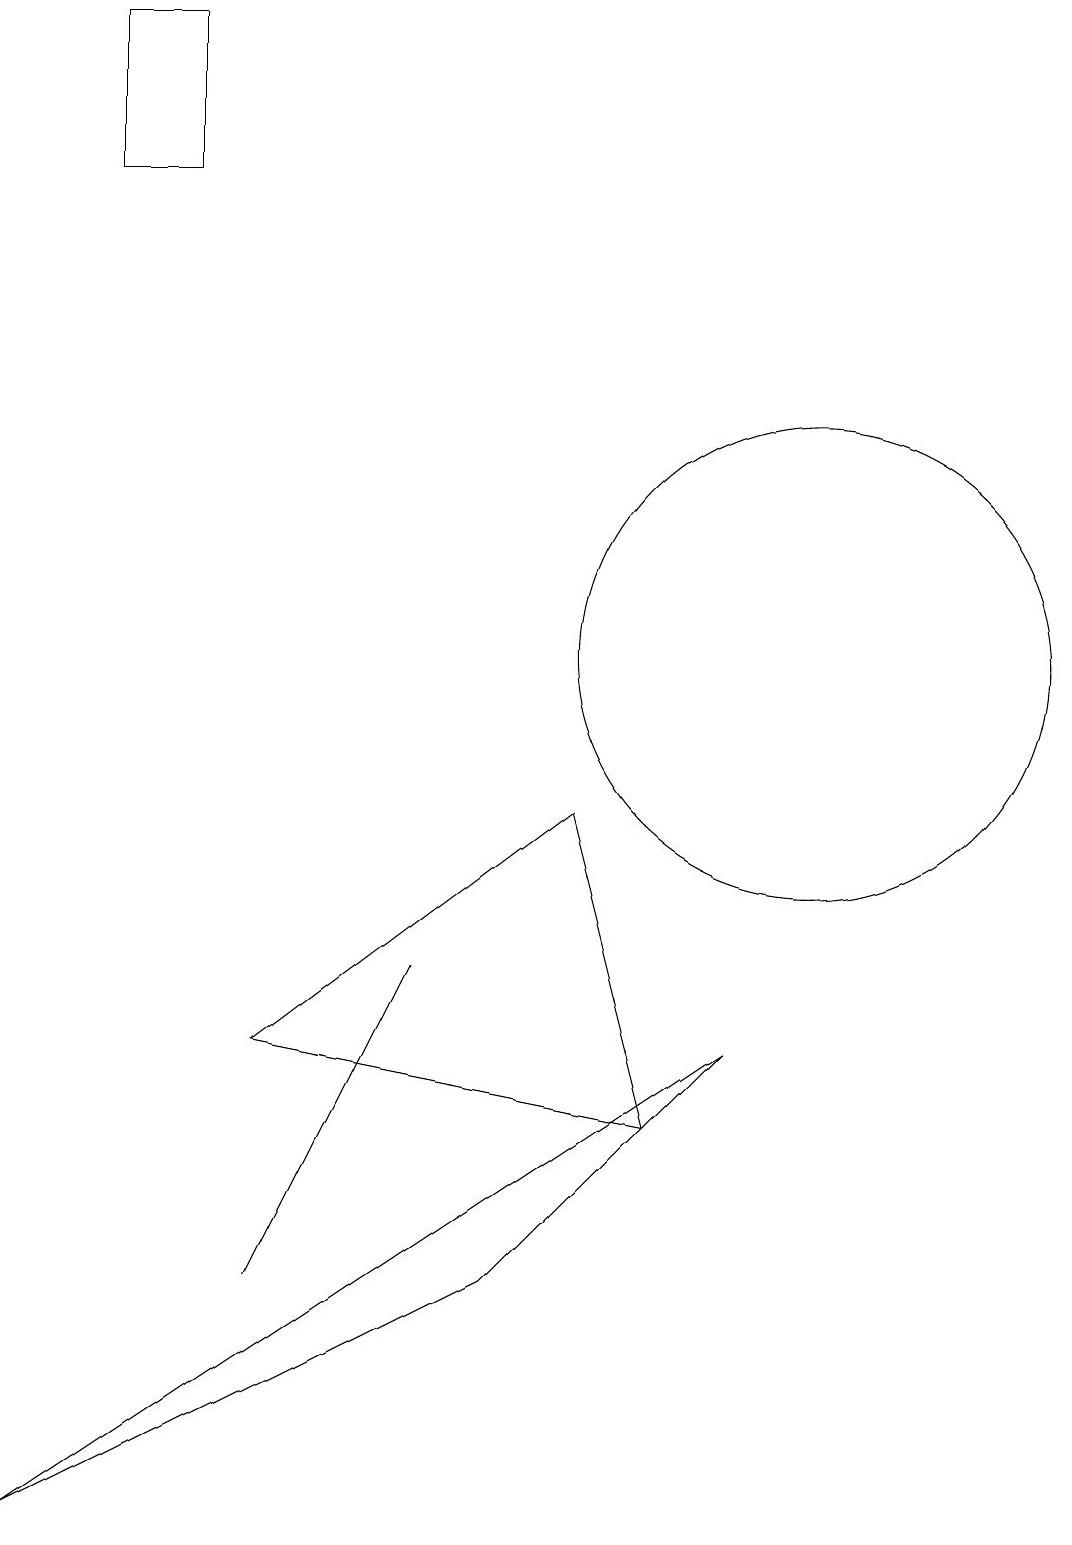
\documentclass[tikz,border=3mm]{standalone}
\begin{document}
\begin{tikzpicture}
\draw (5,7) -- (4,5) -- (3,3) -- cycle;
\draw (2,17) rectangle (1,19);
\draw (10,11) circle (3);
\draw (8,5) -- (7,9) -- (3,6) -- cycle;
\draw (9,6) -- (6,3) -- (0,0) -- cycle;
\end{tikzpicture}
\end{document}